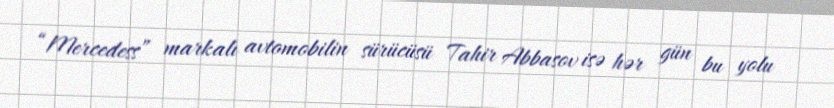
“Mercedess” markalı avtomobilin sürücüsü Tahir Abbasov isə hər gün bu yolu